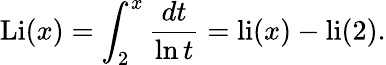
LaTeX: \operatorname{Li}(x)=\int_{2}^{x}{\frac{dt}{\ln t}}=\operatorname{li}(x)-\operatorname{li}(2).